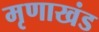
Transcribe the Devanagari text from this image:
मृणाखंड